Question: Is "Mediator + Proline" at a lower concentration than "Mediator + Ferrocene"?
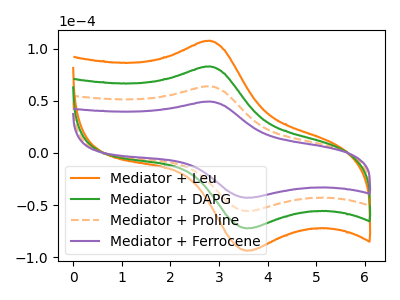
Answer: <think>The orange curve "Mediator + Leu" has an anodic peak at (2.80V, 192.20uA) and a cathodic peak at (3.55V, -167.35uA). The green curve "Mediator + DAPG" has an anodic peak at (2.80V, 128.15uA) and a cathodic peak at (3.55V, -111.60uA). The orange dashed curve "Mediator + Proline" has an anodic peak at (2.80V, 64.05uA) and a cathodic peak at (3.55V, -55.80uA). The purple curve "Mediator + Ferrocene" has an anodic peak at (2.80V, 49.40uA) and a cathodic peak at (3.55V, -43.00uA).
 All the peaks in "Mediator + Ferrocene" have a peak in "Mediator + Proline" at the same potential. Every peak in "Mediator + Ferrocene" is lower than every peak in "Mediator + Proline".</think>
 <answer>"Mediator + Ferrocene" has less signal than "Mediator + Proline" and so likely has a lower concentration.</answer>
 <eval>less_concentration</eval>